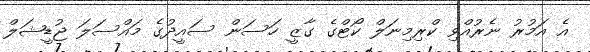
އެ އަމުރު ނެރުއްވި ކްރިމިނަލް ކޯޓްގެ ގާޒީ ހަސަން ސައީދުގެ މައްސަލަ ޖުޑީޝަލް